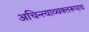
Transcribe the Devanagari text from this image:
अचिन्त्याव्यक्तरूपाय